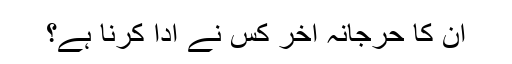
ان کا حرجانہ آخر کس نے ادا کرنا ہے؟